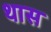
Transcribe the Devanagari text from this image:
थास